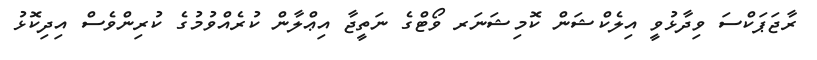
ރާޖަޕަކްސަ ވިދާޅުވީ އިލެކްޝަން ކޮމިޝަނަރ ވޯޓްގެ ނަތީޖާ އިޢްލާން ކުރެއްވުމުގެ ކުރިންވެސް އިދިކޮޅު